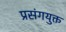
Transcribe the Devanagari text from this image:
प्रसंगयुक्त